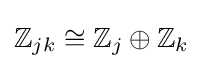
\mathbb {Z} _{jk}\cong \mathbb {Z} _{j}\oplus \mathbb {Z} _{k}